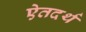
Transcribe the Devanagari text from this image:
ऐतदर्थ